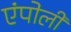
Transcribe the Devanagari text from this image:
एंपोली